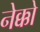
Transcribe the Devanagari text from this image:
नेक्को